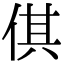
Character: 倛